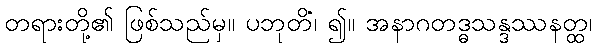
တရားတို့၏ ဖြစ်သည်မှ။ ပဘုတိ၊ ၍။ အနာဂတဒ္ဓသန္ဒဿနတ္ထံ၊